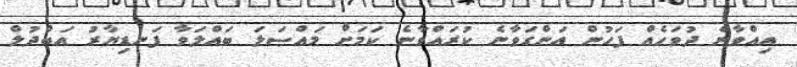
އިއްވާނެ ދުވަހެއް ފަހުން އަންގަވާނެ ކުރައްވާނެ ކަމަށް މައްސަލަ ބައްލަވާ ފަނޑިޔާރު އަބްދުލް